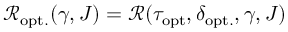
\mathcal { R } _ { \mathrm { o p t . } } ( \gamma , J ) = \mathcal { R } ( \tau _ { \mathrm { o p t } } , \delta _ { \mathrm { o p t . } } , \gamma , J )